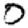
Digit: 0